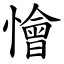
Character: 懀